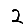
Digit: 2